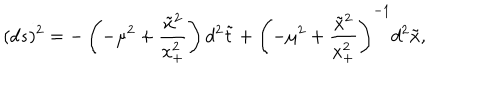
LaTeX: ( d s ) ^ { 2 } = - \left( - \mu ^ { 2 } + \frac { \tilde { x } ^ { 2 } } { x _ { + } ^ { 2 } } \right) d ^ { 2 } { \tilde { t } } + \left( - \mu ^ { 2 } + \frac { { \tilde { x } ^ { 2 } } } { x _ { + } ^ { 2 } } \right) ^ { - 1 } d ^ { 2 } { \tilde { x } } ,